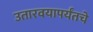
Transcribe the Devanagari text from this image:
उतारवयापर्यंतचे